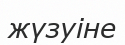
жүзуіне